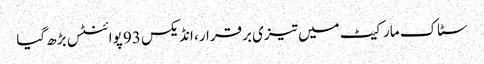
سٹاک مارکیٹ میں تیزی برقرار، انڈیکس 93 پوائنٹس بڑھ گیا